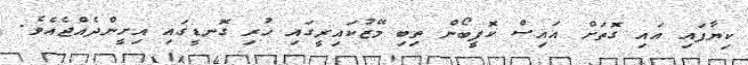
ކިޔާފައި އައި ގޮތަށް އައިސް ކޮފީބޯން ތިބި މޭޒުކައިރީގައި ހުރި ގޮނޑީގައި އިށީންދެއްޖެއެވެ.